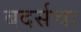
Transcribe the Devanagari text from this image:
बदर्सचा